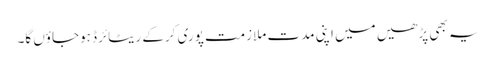
یہ بھی پڑھیں میں اپنی مدت ملازمت پوری کرکے ریٹائرڈ ہوجاؤں گا۔